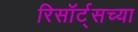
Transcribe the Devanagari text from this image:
रिसॉर्ट्सच्या